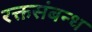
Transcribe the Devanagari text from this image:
रक्तसंबन्ध